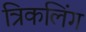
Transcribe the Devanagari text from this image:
त्रिकलिंग